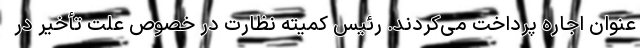
عنوان اجاره پرداخت می‌کردند. رئیس کمیته نظارت در خصوص علت تأخیر در